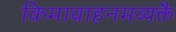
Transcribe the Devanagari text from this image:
किमावाहनमव्यक्तै